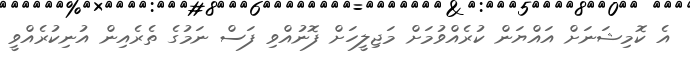
އެ ކޮމިޝަނަށް އައްޔަން ކުރެއްވުމަށް މަޖިލީހަށް ފޮނުއްވި ފަސް ނަމުގެ ތެރެއިން އުނިކުރެއްވީ